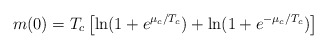
\begin{align*}m(0)= T_c\left[\ln (1+e^{\mu_c/T_c})+ \ln (1+e^{-\mu_c/T_c})\right]\end{align*}